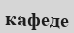
кафеде